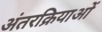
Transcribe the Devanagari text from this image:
अंतरक्रियाओं